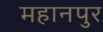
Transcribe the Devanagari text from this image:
महानपुर